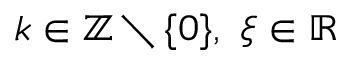
k \in \mathbb { Z } \setminus \{ 0 \} , \ \xi \in \mathbb { R }